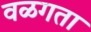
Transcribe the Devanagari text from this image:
वळगता